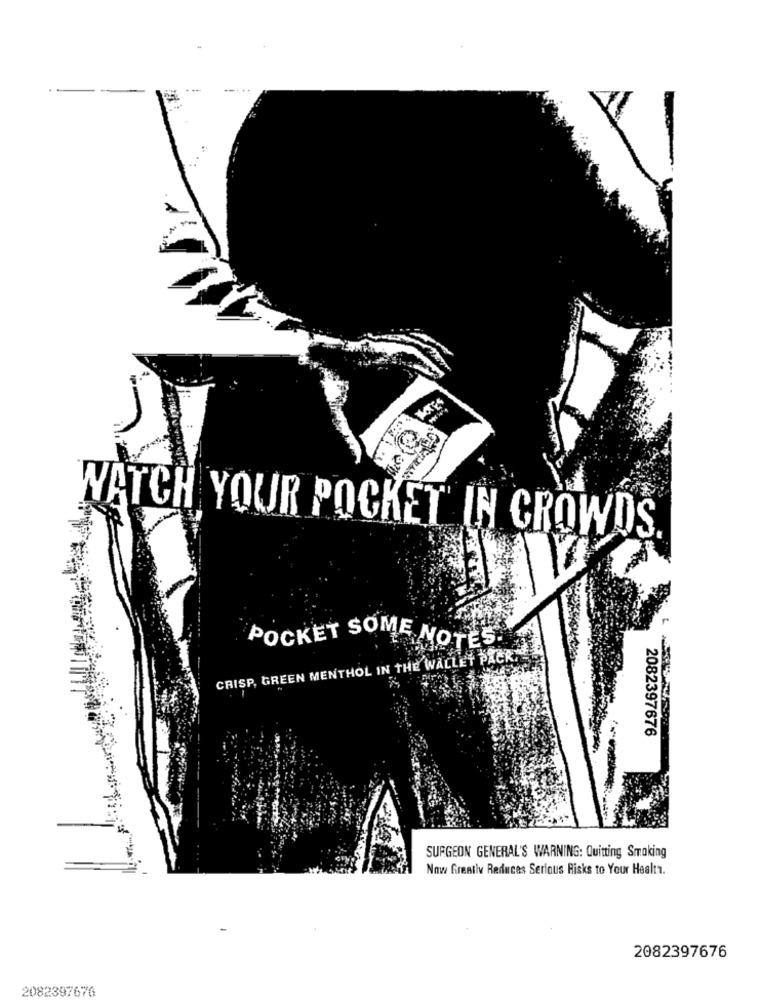
..
WATCH YOUR POCKET IN CROWDS
POCKET SOME NOTES.
CRISP, GREEN MENTHOL IN THE WALLET PACK.
2082397676
SURGEON GENERAL'S WARNING: Quitting Smoking
Now Greatly Reduces Serious Risks to Your Health.
2082397676
2082397676